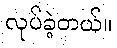
လုပ်ခဲ့တယ်။